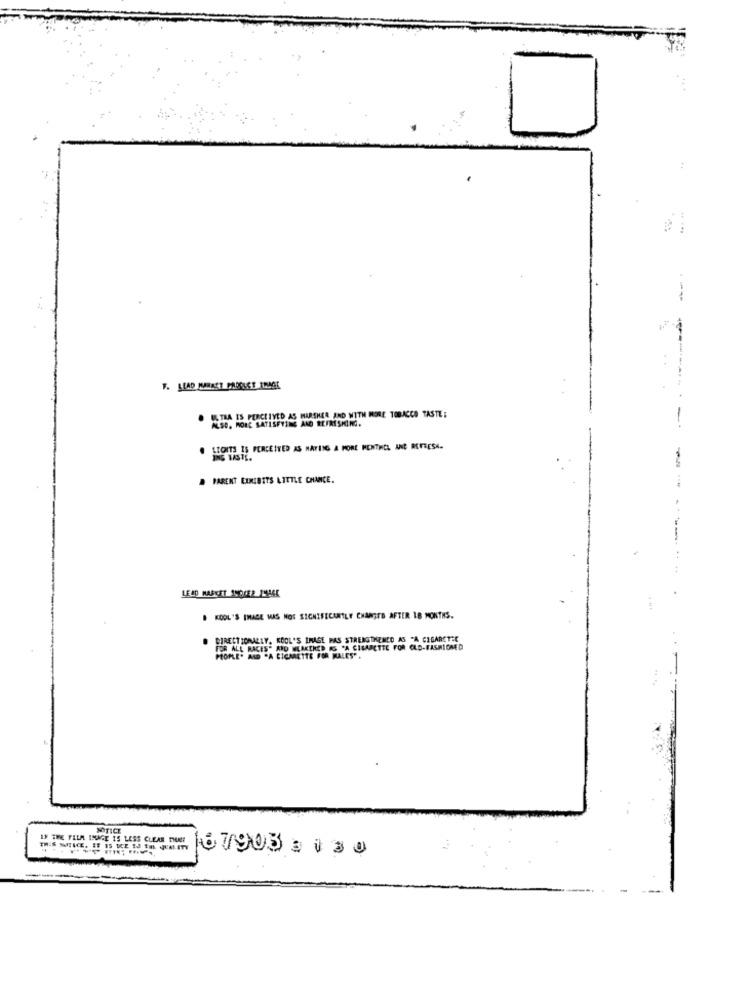
F. LEAD MARAST PROCLET IMAGE
ULTRA IS PERCEIVED AS MARSHER AND WITH MORE TOBACCO TASTE :
ALSO, MORE SATISFYING AND REFRESHING.
LEOITS IS PERCEIVED AS HAVING A MORE MENTHOL AND REFRESH.
PARENT EURIBITS LITTLE CHANCE.
LEAD MARKET 1HOCER PHASE
KOOL 'S IMAGE MAS NOS SIGNIFICANTLY CHARITE AFTER 18 MONTHS.
DIRECTIONALLY. KOOL'S IMAGE PAS STRENGTHENED AS "A CIGARETTE
FOR ALL RACES" ARO WEAKENED IS "A CIGARETTE FOR OLD-FASHIONED
PEOPLE" AND "A CIGARETTE FOR MALES" .
NOTICE
IF THE FILM IMAGE IS LESS CLEAR CHAT
167903 3 130
--